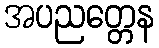
အပညတ္တေန